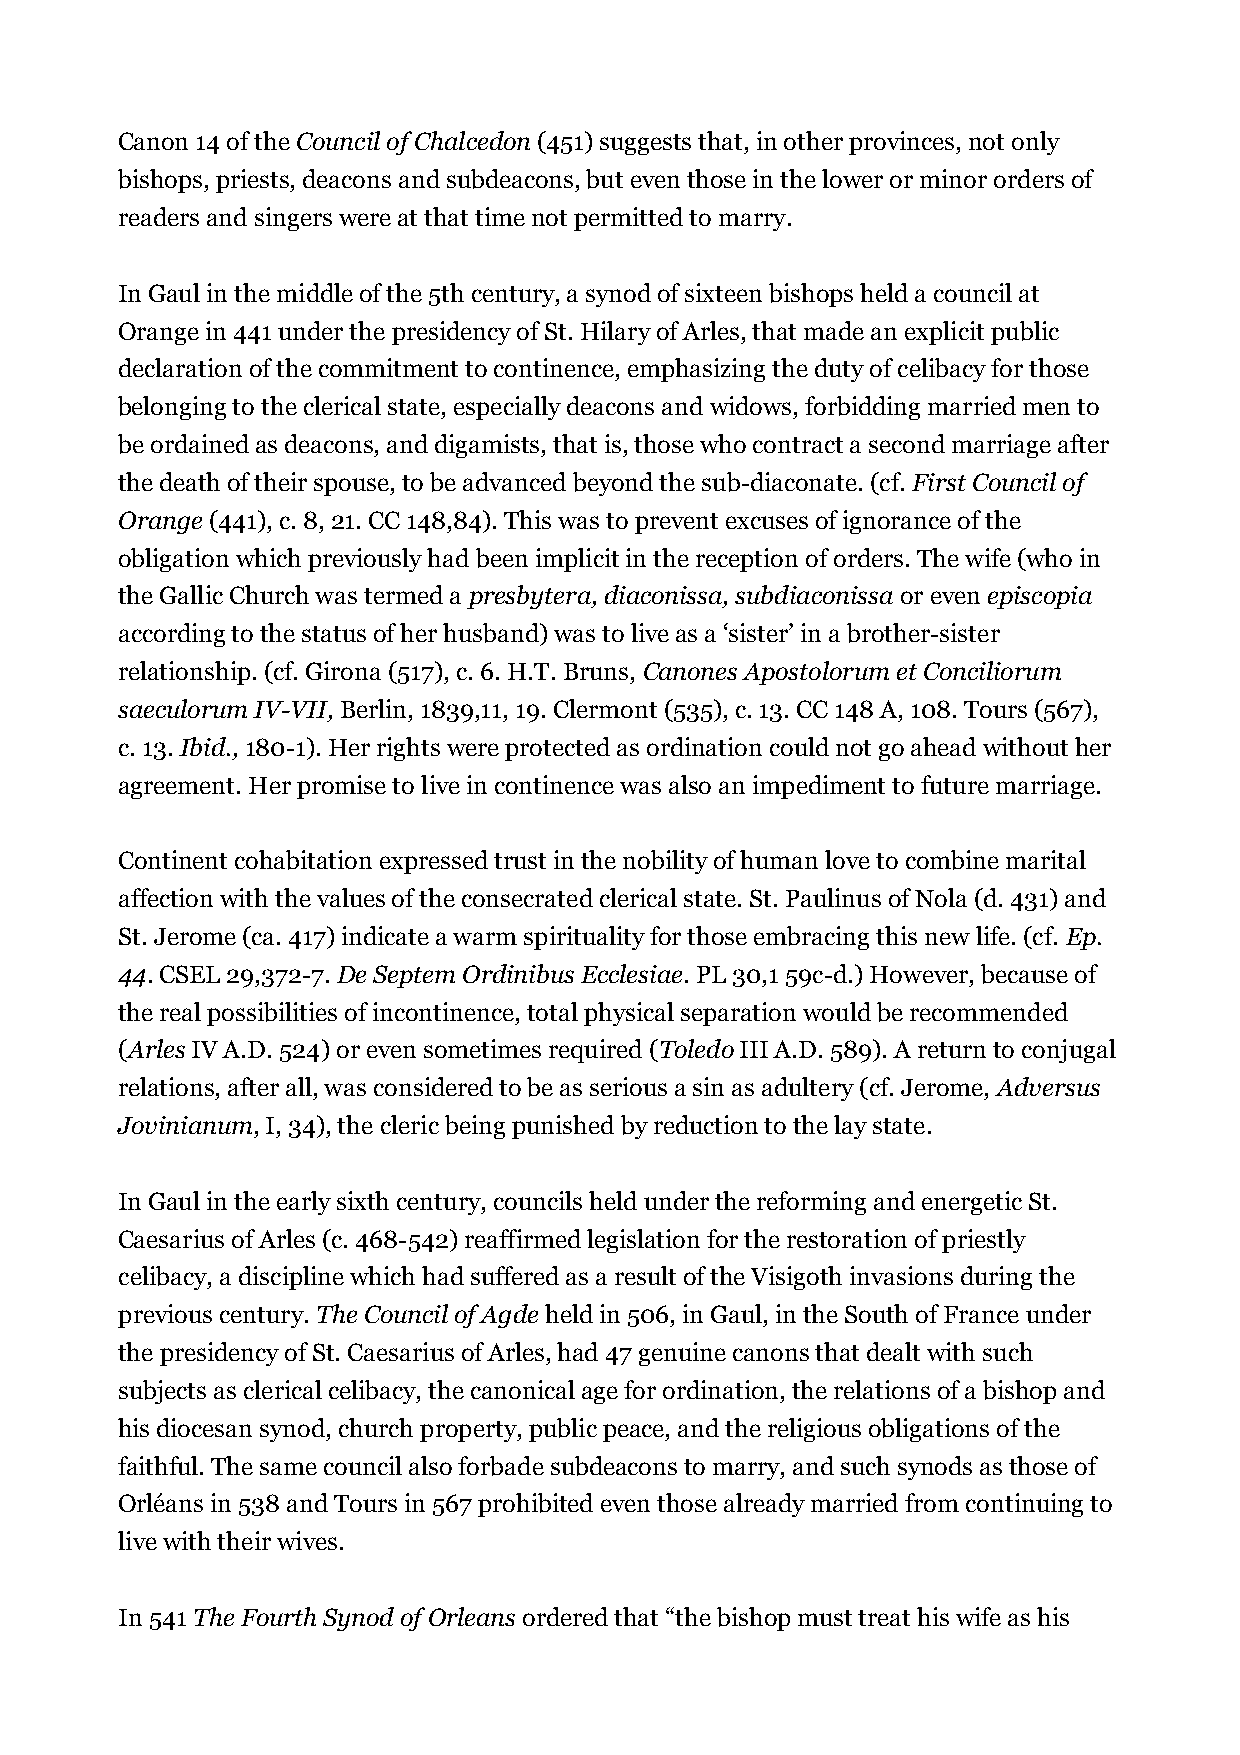
Canon 14 of the Council of Chalcedon (451) suggests that, in other provinces, not only
 bishops, priests, deacons and subdeacons, but even those in the lower or minor orders of
 readers and singers were at that time not permitted to marry.
 In Gaul in the middle of the 5th century, a synod of sixteen bishops held a council at
 Orange in 441 under the presidency of St. Hilary of Arles, that made an explicit public
 declaration of the commitment to continence, emphasizing the duty of celibacy for those
 belonging to the clerical state, especially deacons and widows, forbidding married men to
 be ordained as deacons, and digamists, that is, those who contract a second marriage after
 the death of their spouse, to be advanced beyond the sub-diaconate. (cf. First Council of
 Orange (441), c. 8, 21. CC 148,84). This was to prevent excuses of ignorance of the
 obligation which previously had been implicit in the reception of orders. The wife (who in
 the Gallic Church was termed a presbytera, diaconissa, subdiaconissa or even episcopia
 according to the status of her husband) was to live as a ‘sister’ in a brother-sister
 relationship. (cf. Girona (517), c. 6. H.T. Bruns, Canones Apostolorum et Conciliorum
 saeculorum IV-VII, Berlin, 1839,11, 19. Clermont (535), c. 13. CC 148 A, 108. Tours (567),
 c. 13. Ibid., 180-1). Her rights were protected as ordination could not go ahead without her
 agreement. Her promise to live in continence was also an impediment to future marriage.
 Continent cohabitation expressed trust in the nobility of human love to combine marital
 affection with the values of the consecrated clerical state. St. Paulinus of Nola (d. 431) and
 St. Jerome (ca. 417) indicate a warm spirituality for those embracing this new life. (cf. Ep.
 44. CSEL 29,372-7. De Septem Ordinibus Ecclesiae. PL 30,1 59c-d.) However, because of
 the real possibilities of incontinence, total physical separation would be recommended
 (Arles IV A.D. 524) or even sometimes required (Toledo III A.D. 589). A return to conjugal
 relations, after all, was considered to be as serious a sin as adultery (cf. Jerome, Adversus
 Jovinianum, I, 34), the cleric being punished by reduction to the lay state.
 In Gaul in the early sixth century, councils held under the reforming and energetic St.
 Caesarius of Arles (c. 468-542) reaffirmed legislation for the restoration of priestly
 celibacy, a discipline which had suffered as a result of the Visigoth invasions during the
 previous century. The Council of Agde held in 506, in Gaul, in the South of France under
 the presidency of St. Caesarius of Arles, had 47 genuine canons that dealt with such
 subjects as clerical celibacy, the canonical age for ordination, the relations of a bishop and
 his diocesan synod, church property, public peace, and the religious obligations of the
 faithful. The same council also forbade subdeacons to marry, and such synods as those of
 Orléans in 538 and Tours in 567 prohibited even those already married from continuing to
 live with their wives.
 In 541 The Fourth Synod of Orleans ordered that “the bishop must treat his wife as his